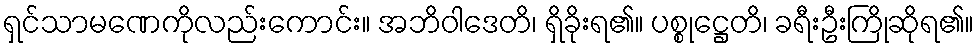
ရှင်သာမဏေကိုလည်းကောင်း။ အဘိဝါဒေတိ၊ ရှိခိုးရ၏။ ပစ္စုဋ္ဌေတိ၊ ခရီးဦးကြိုဆိုရ၏။